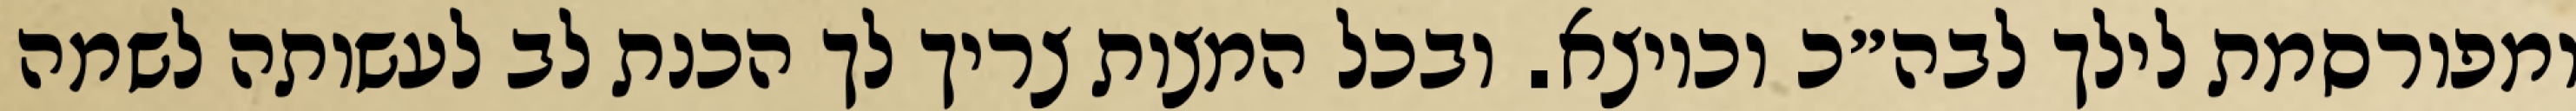
ומפורסמת לילך לבה״כ וכיוצא. ובכל המצות צריך לך הכנת לב לעשותה לשמה